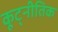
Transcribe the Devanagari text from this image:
कूट्नीतिक